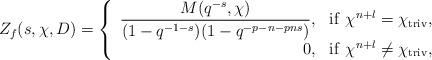
LaTeX: \begin{align*}Z_f(s, \chi, D)={\left\{\begin{array}{rl}\dfrac{M(q^{-s}, \chi)}{(1-q^{-1-s})(1-q^{-p-n-pns})},&{\rm if}\ \chi^{n+l}=\chi_{{\rm triv}},\\0, &{\rm if}\ \chi^{n+l}\neq \chi_{{\rm triv}},\end{array}\right.}\end{align*}